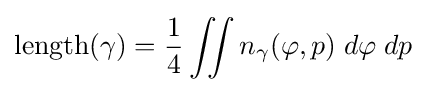
\operatorname {length} (\gamma )={\frac {1}{4}}\iint n_{\gamma }(\varphi ,p)\;d\varphi \;dp